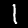
Digit: 1